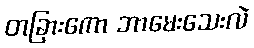
တခြားကော ဘာမေးသေးလဲ